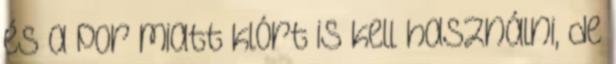
és a por miatt klórt is kell használni, de